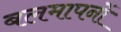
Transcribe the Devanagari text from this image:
बलमापनों